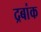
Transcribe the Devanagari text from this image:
द्रबांक